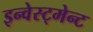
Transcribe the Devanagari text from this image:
इन्वेस्ट्मेन्ट